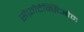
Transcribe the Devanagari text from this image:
सेफ़ोटैक्सिओम